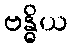
ဗန္ဓိယ